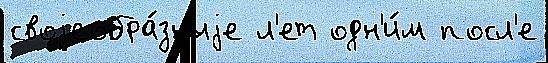
своjеобра́зныjе л'ет одн'и́м посл'е